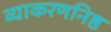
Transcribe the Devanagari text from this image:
व्याकरणनिष्ठ